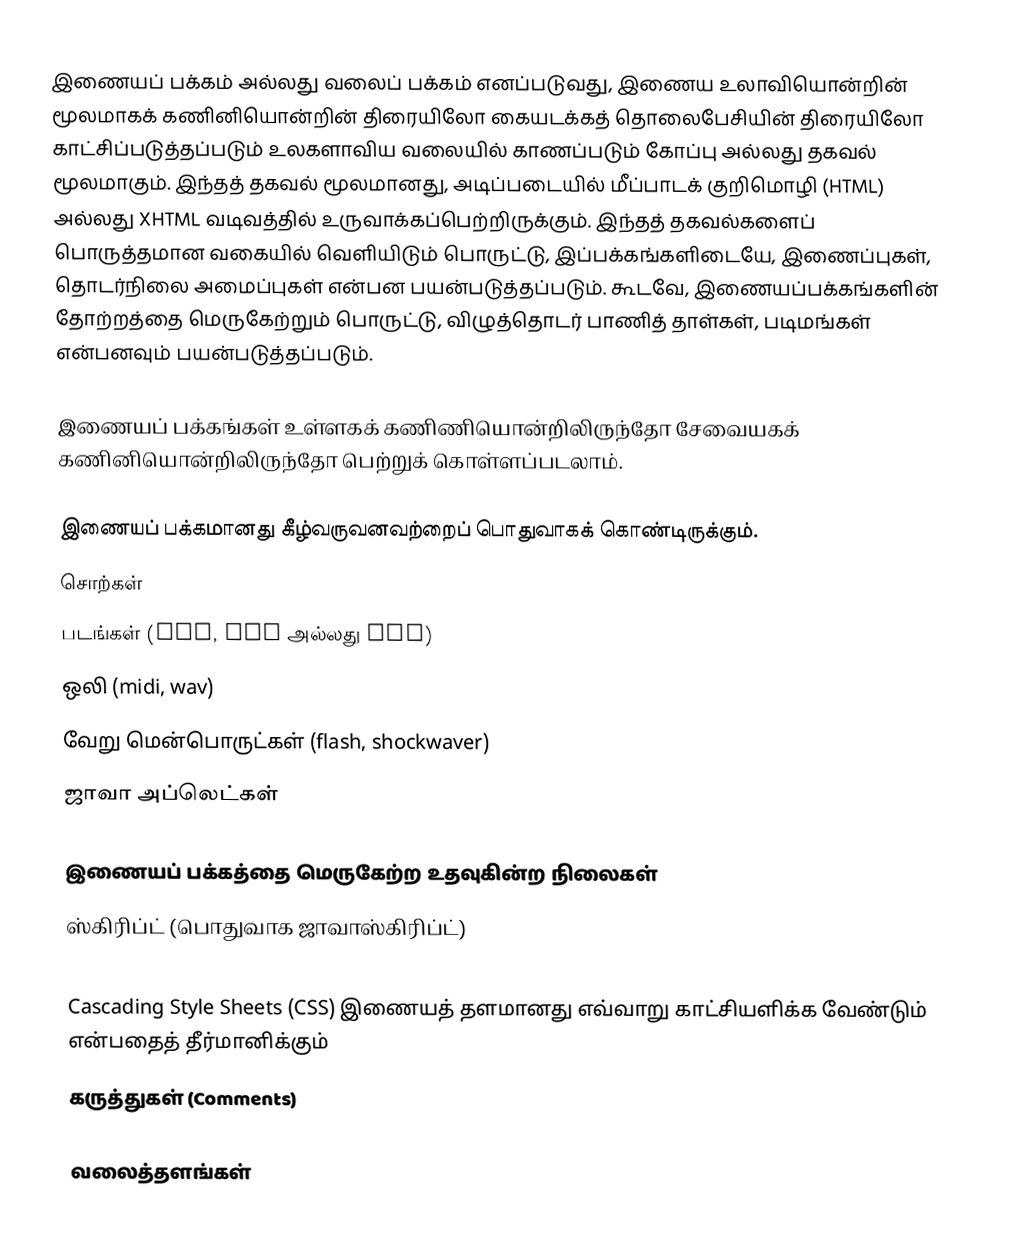
இணையப் பக்கம் அல்லது வலைப் பக்கம் எனப்படுவது, இணைய உலாவியொன்றின் மூலமாகக் கணினியொன்றின் திரையிலோ கையடக்கத் தொலைபேசியின் திரையிலோ காட்சிப்படுத்தப்படும் உலகளாவிய வலையில் காணப்படும் கோப்பு அல்லது தகவல் மூலமாகும். இந்தத் தகவல் மூலமானது, அடிப்படையில் மீப்பாடக் குறிமொழி (HTML) அல்லது XHTML வடிவத்தில் உருவாக்கப்பெற்றிருக்கும். இந்தத் தகவல்களைப் பொருத்தமான வகையில் வெளியிடும் பொருட்டு, இப்பக்கங்களிடையே, இணைப்புகள், தொடர்நிலை அமைப்புகள் என்பன பயன்படுத்தப்படும். கூடவே, இணையப்பக்கங்களின் தோற்றத்தை மெருகேற்றும் பொருட்டு, விழுத்தொடர் பாணித் தாள்கள், படிமங்கள் என்பனவும் பயன்படுத்தப்படும்.

இணையப் பக்கங்கள் உள்ளகக் கணிணியொன்றிலிருந்தோ சேவையகக் கணினியொன்றிலிருந்தோ பெற்றுக் கொள்ளப்படலாம்.

இணையப் பக்கமானது கீழ்வருவனவற்றைப் பொதுவாகக் கொண்டிருக்கும்.
சொற்கள்
படங்கள் (gif, JPG அல்லது PNG)
ஒலி (midi, wav)
வேறு மென்பொருட்கள் (flash, shockwaver)
ஜாவா அப்லெட்கள்

இணையப் பக்கத்தை மெருகேற்ற உதவுகின்ற நிலைகள்
ஸ்கிரிப்ட் (பொதுவாக ஜாவாஸ்கிரிப்ட்)
meta tags
Cascading Style Sheets (CSS) இணையத் தளமானது எவ்வாறு காட்சியளிக்க வேண்டும் என்பதைத் தீர்மானிக்கும்
கருத்துகள் (Comments)

வலைத்தளங்கள்